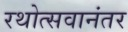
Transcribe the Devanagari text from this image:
रथोत्सवानंतर